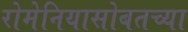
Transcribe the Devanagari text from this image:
रोमेनियासोबतच्या